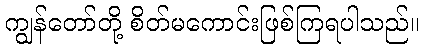
ကျွန်တော်တို့ စိတ်မကောင်းဖြစ်ကြရပါသည်။